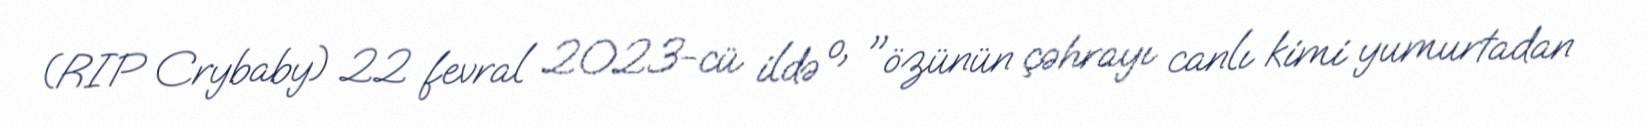
(RIP Crybaby) 22 fevral 2023-cü ildə o, "özünün çəhrayı canlı kimi yumurtadan